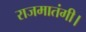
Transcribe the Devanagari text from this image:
राजमातंगी।